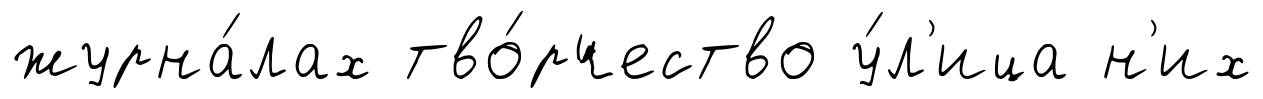
журна́лах тво́рчество у́л'ица н'их